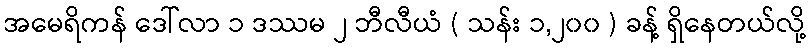
အမေရိကန် ဒေါ်လာ ၁ ဒဿမ ၂ ဘီလီယံ ( သန်း ၁,၂၀၀ ) ခန့် ရှိနေတယ်လို့